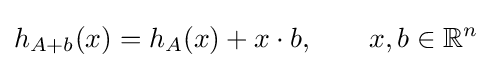
h_{A+b}(x)=h_{A}(x)+x\cdot b,\qquad x,b\in \mathbb {R} ^{n}